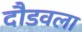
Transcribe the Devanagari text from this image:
दौडवला